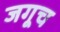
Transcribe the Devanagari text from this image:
जगूच